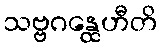
သဗ္ဗဂန္ထေဟီတိ